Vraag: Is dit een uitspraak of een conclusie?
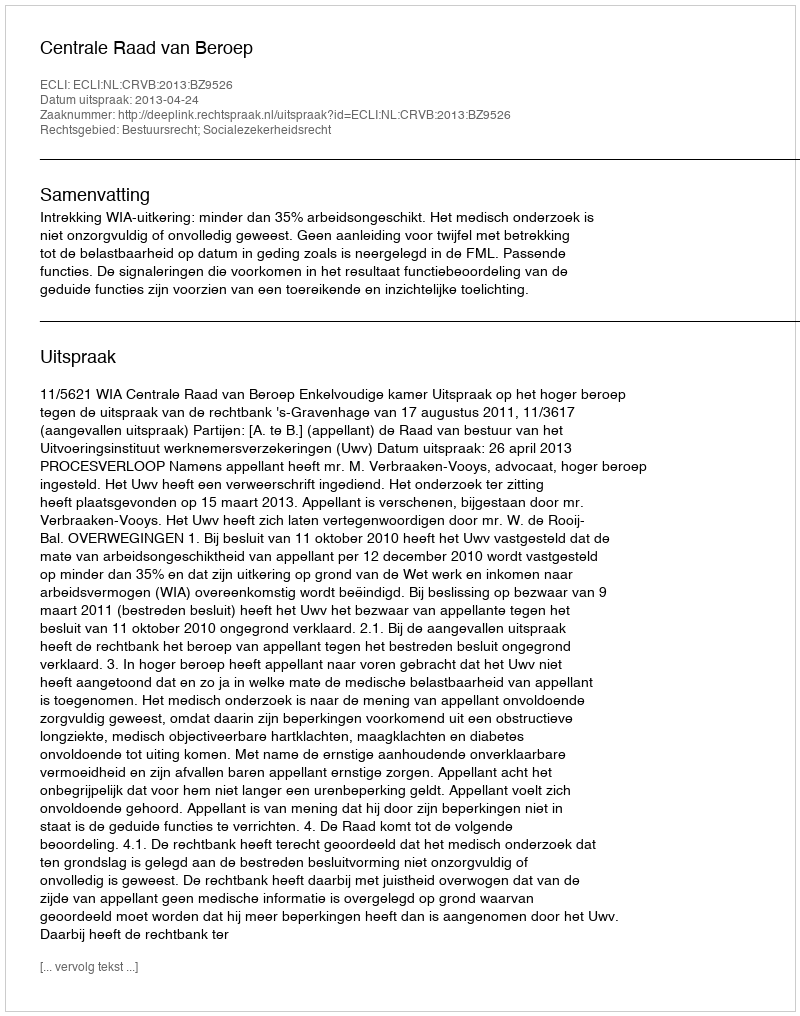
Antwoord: Uitspraak